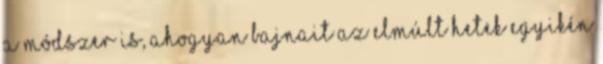
a módszer is, ahogyan Bajnait az elmúlt hetek egyikén